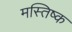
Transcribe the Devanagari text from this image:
मस्‍तिष्‍क